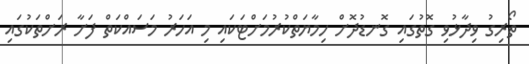
ތޯރިގު ވިދާޅުވި ގޮތުގައި ގޮނޑުދޮށް ހިމާޔަތްކުރުމަށްޓަކައި މި އަހަރު މަސައްކަތް ފަށާ ރަށްތަކުގައި